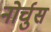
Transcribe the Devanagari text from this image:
नोर्चुस